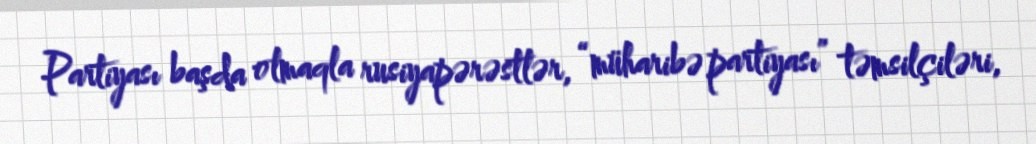
Partiyası başda olmaqla rusiyapərəstlər, “müharibə partiyası” təmsilçiləri,